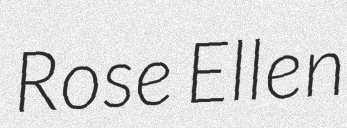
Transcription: Rose Ellen